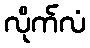
လိုက်လံ